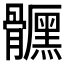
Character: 𩪪